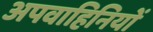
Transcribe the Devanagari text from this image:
अपवाहिनियों